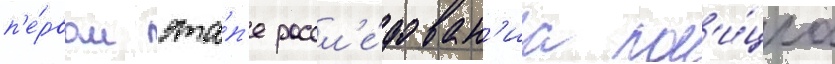
п'е́рвом эта́п'е рассл'е́дован'иа пол'и́циа